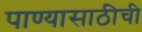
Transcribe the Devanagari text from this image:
पाण्यासाठीची